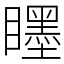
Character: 䁼